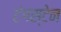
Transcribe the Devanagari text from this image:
टंगस्टेन